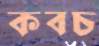
কবচ